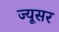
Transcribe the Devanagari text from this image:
ज्यूसर